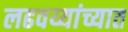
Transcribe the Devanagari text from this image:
लढवय्यांच्यात